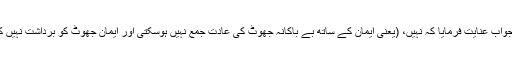
آپ نے جواب عنایت فرمایا کہ نہیں، (یعنی ایمان کے ساتھ بے باکانہ جھوٹ کی عادت جمع نہیں ہوسکتی اور ایمان جھوٹ کو برداشت نہیں کرسکتا)۔